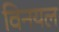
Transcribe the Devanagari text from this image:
विनयल